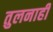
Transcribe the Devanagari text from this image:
तुलनाही